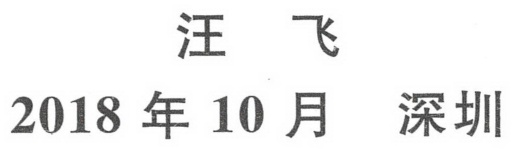
汪 飞
2018 年 10 月  深圳